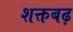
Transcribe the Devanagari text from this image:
शक्तबढ़